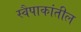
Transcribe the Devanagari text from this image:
स्वैपाकांतील